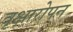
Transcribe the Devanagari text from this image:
वृक्षारोपन